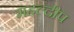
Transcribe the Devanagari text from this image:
महल्दीप